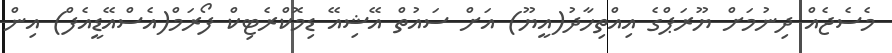
މެސެޖެއް ދިނުމަށް ޔޫރަޕްގެ އިއްތިހާދު(އީޔޫ) އަށް ސައުތް އޭޝިއޭ ޑިމޮކްރެޓިކް ފޯރަމް(އެސްއޭޑީއެފް) އިން